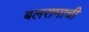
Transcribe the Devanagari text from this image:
बलरामाची